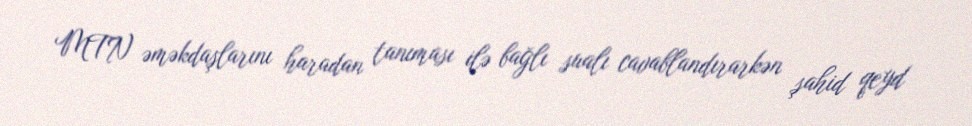
MTN əməkdaşlarını haradan tanıması ilə bağlı sualı cavablandırarkən şahid qeyd